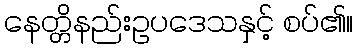
နေတ္တိနည်းဥပဒေသနှင့် စပ်၏။